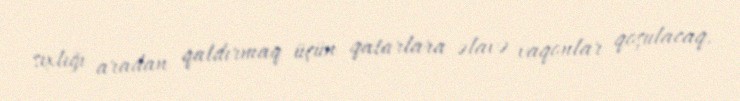
sıxlığı aradan qaldırmaq üçün qatarlara əlavə vaqonlar qoşulacaq.